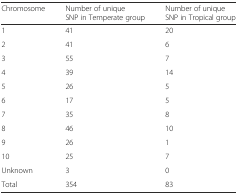
<table><thead><tr><td><b>Chromosome</b></td><td><b>Number of unique SNP in Temperate group</b></td><td><b>Number of unique SNP in Tropical group</b></td></tr></thead><tbody><tr><td>1</td><td>41</td><td>20</td></tr><tr><td>2</td><td>41</td><td>6</td></tr><tr><td>3</td><td>55</td><td>7</td></tr><tr><td>4</td><td>39</td><td>14</td></tr><tr><td>5</td><td>26</td><td>5</td></tr><tr><td>6</td><td>17</td><td>5</td></tr><tr><td>7</td><td>35</td><td>8</td></tr><tr><td>8</td><td>46</td><td>10</td></tr><tr><td>9</td><td>26</td><td>1</td></tr><tr><td>10</td><td>25</td><td>7</td></tr><tr><td>Unknown</td><td>3</td><td>0</td></tr><tr><td>Total</td><td>354</td><td>83</td></tr></tbody></table>